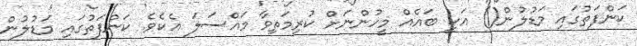
ކަންފަތުގައި މަޑުލުން() އަކީ ބައެއް މީހުންނަށް ކުރިމަތިވާ މައްސަލަ އެކެވެ. ކަންފަތުގައި މަޑުލުން